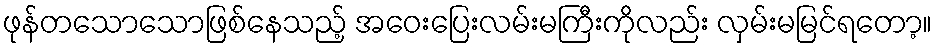
ဖုန်တသောသောဖြစ်နေသည့် အဝေးပြေးလမ်းမကြီးကိုလည်း လှမ်းမမြင်ရတော့။